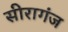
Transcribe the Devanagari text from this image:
सीरागंज